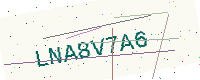
Text: LNA8V7A6